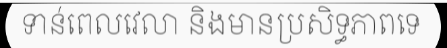
ទាន់ពេលវេលា និងមានប្រសិទ្ធភាពទេ